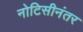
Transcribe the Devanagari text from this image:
नोटिसीनंतर